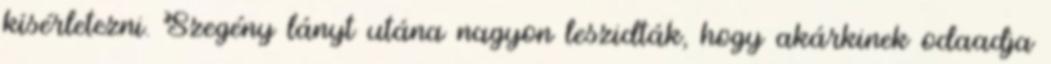
kísérletezni. Szegény lányt utána nagyon leszidták, hogy akárkinek odaadja